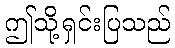
ဤသို့ရှင်းပြသည်